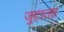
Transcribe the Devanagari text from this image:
जुटाता।